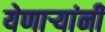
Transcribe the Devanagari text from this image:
येणार्‍यांनी